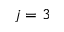
j = 3